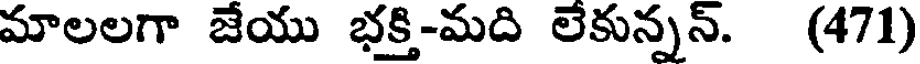
మాలలగా జేయు భక్తి-మది లేకున్నన్. (471)